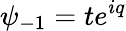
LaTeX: \psi_{-1}=te^{iq}